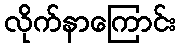
လိုက်နာကြောင်း